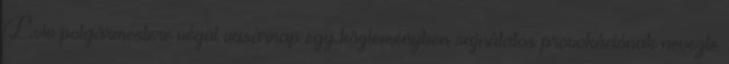
Lviv polgármestere végül vasárnap egy közleményben sajnálatos provokációnak nevezte